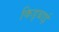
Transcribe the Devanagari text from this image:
किड्बाई